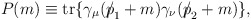
\begin{align*}P(m)\equiv {\rm tr}\{ \gamma_{\mu}( {p\!\!\!\slash}_1 + m)\gamma_{\nu}({p\!\!\!\slash}_2 +m)\},\end{align*}